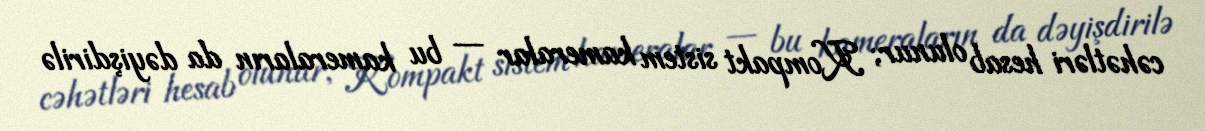
cəhətləri hesab olunur; Kompakt sistem kameralar — bu kameraların da dəyişdirilə